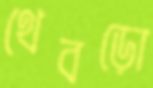
থেবড়ো